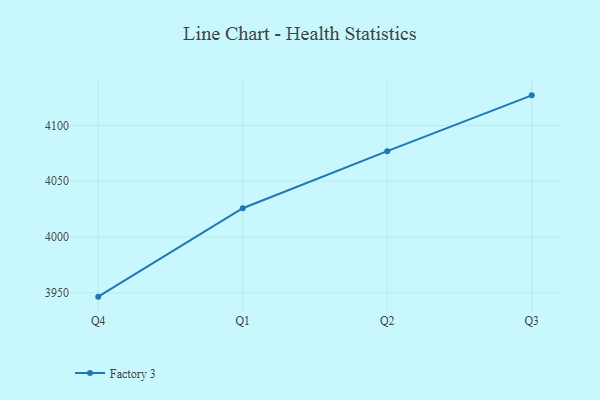
{"axis": {"x": "Quarter", "y": "Satisfaction Score"}, "legend": ["Factory 3"], "data": [{"x": "Q4", "y": 3946.6, "type": "Factory 3"}, {"x": "Q1", "y": 4025.8, "type": "Factory 3"}, {"x": "Q2", "y": 4076.9, "type": "Factory 3"}, {"x": "Q3", "y": 4126.9, "type": "Factory 3"}]}